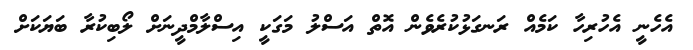
އެހެނީ އެހުރިހާ ކަމެއް ރަނގަޅުކުރެވެން އޮތް އަސްލު މަގަކީ އިސްލާމްދީނަށް ލޯބިކުރާ ބަޔަކަށް